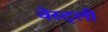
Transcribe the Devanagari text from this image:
वेस्ट्ली